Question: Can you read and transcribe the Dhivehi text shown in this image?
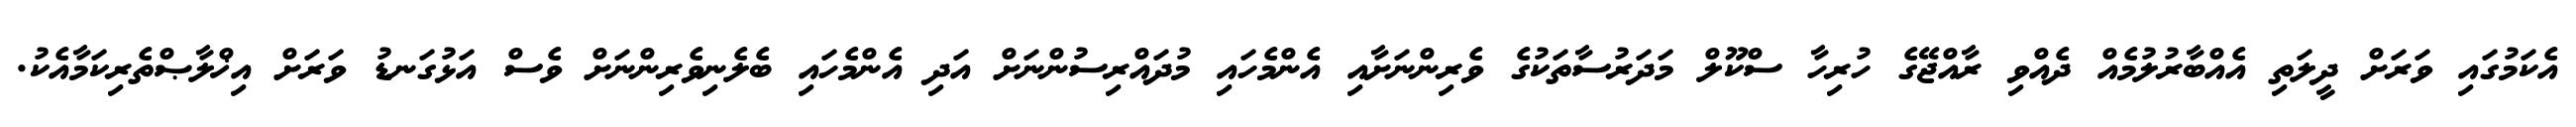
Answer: އެކަމުގައި ވަރަށް ދީލަތި އެއްބާރުލުމެއް ދެއްވި ރާއްޖޭގެ ހުރިހާ ސްކޫލް މަދަރުސާތަކުގެ ވެރިންނަށާއި އެންމެހައި މުދައްރިސުންނަށް އަދި އެންމެހައި ބެލެނިވެރިންނަށް ވެސް އަޅުގަނޑު ވަރަށް އިޚްލާޞްތެރިކަމާއެކު.